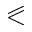
\eqslantless